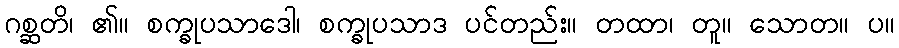
ဂစ္ဆတိ၊ ၏။ စက္ခုပသာဒေါ၊ စက္ခုပသာဒ ပင်တည်း။ တထာ၊ တူ။ သောတ။ ပ။